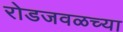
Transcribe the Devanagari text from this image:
रोडजवळच्या